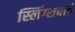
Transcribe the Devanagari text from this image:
स्लिंग्सबाई